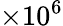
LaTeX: \times 10^{6}